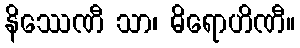
နိဿေဏီ သာ၊ ဓိရောဟိဏီ။